Lunatic asylums in Bengal annual reports 1888-1898 - 1888-1898
Year: 1888
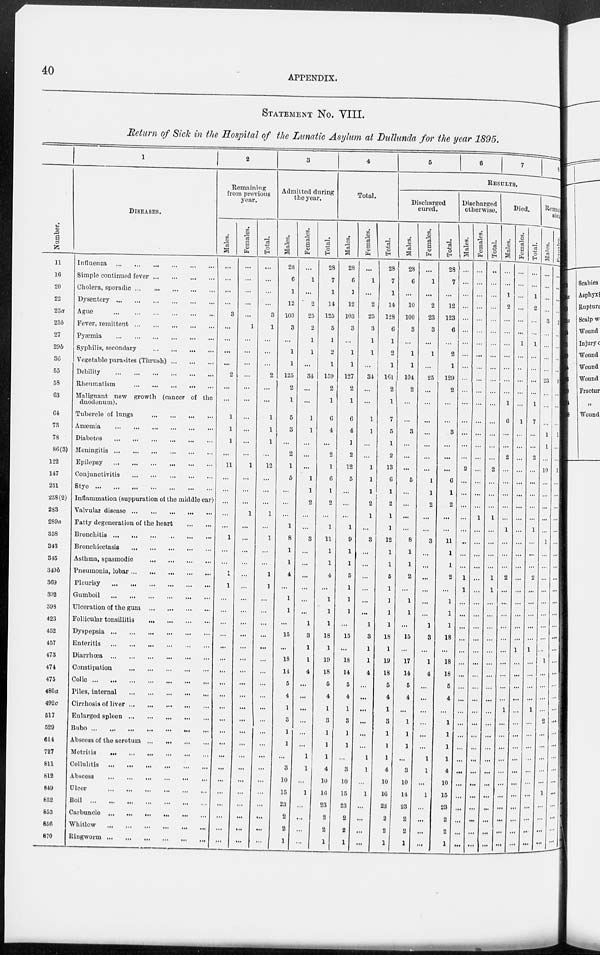
40
APPENDIX.
STATEMENT NO. VIII.
Return of Sick in the Hospital of the Lunatic Asylum at Dullunda for the year 1895,
Number.
11
16
20
22
23a
23b
27
296
36
65
58
63
64
73
78
86(3)
122
147
231
258(2)
283
289a
338
343
345
349b
369
392
398
423
452
457
473
474
475
480a
492c
517
529
614
727
811
812
849
852
853
856
870
1
DISEASES.
Influenza
Simple continued fever
Cholera, sporadic
Dysentery
Ague
...
Fever, remittent
Pyæmia
Syphilis, secondary
Vegetable parasites (Thrush)
Debility
Rheumatism
...
Malignant new growth (cancer of the
duodenum).
Tubercle of lungs
Anæmia
Diabetes
Meningitis
Epilepsy
Conjunctivitis
Stye
Inflammation (suppuration of the middle ear)
Valvular disease
Fatty degeneration of the heart
Bronchitis
Bronchiectasis
Asthma, spasmodic
Pneumonia, lobar
Pleurisy
...
.
Gumboil
Ulceration of the gum
Follicular tonsillitis
Dyspepsia
Enteritis
Diarrhoea
Constipation
Colic
Piles, internal
Cirrhosis of liver ...
Enlarged spleen
...
Bubo
Abscess of the scrotum ...
...
Metritis
.
Cellulitis
Abscess
Ulcer
Boil
Carbuncle
Whitlow
Ringworm
2
Remaining
from previous
year.
Males.
...
...
...
...
3
...
...
...
...
2
...
...
1
1
1
...
11
...
...
...
...
1
...
...
1
1
...
...
...
...
...
...
...
...
...
...
...
...
...
...
...
...
...
...
...
...
...
Females.
...
...
...
...
...
1
...
...
...
...
...
...
...
...
...
...
1
...
...
...
1
...
...
...
...
...
...
...
...
...
...
...
...
...
...
...
...
...
...
...
...
...
...
...
...
...
...
...
Total.
...
...
...
...
3
1
...
...
...
2
...
...
1
1
1
...
12
...
...
...
1
...
1
...
...
1
1
...
...
...
...
...
...
...
...
...
...
...
...
...
...
...
...
...
...
...
...
3
Admitted during
the year.
Males.
28
6
1
12
100
3
...
1
1
125
2
1
5
3
2
1
5
...
...
...
1
8
1
1
4
...
1
1
...
15
...
18
11
5
4
1
3
1
1
...
3
10
15
23
2
2
1
Females.
...
1
...
2
25
2
1
1
...
31
...
...
1
1
...
...
...
1
1
2
...
...
3
...
...
...
...
...
...
1
3
1
1
4
...
...
...
...
...
...
1
1
...
1
...
...
...
...
Total.
28
7
1
14
125
5
1
2
1
159
2
1
6
4
...
2
1
6
1
2
...
1
11
1
1
4
...
1
1
1
18
1
19
18
5
4
1
3
1
1
1
4
10
16
23
2
2
1
4
Total.
Males.
28
6
1
12
103
3
...
1
1
127
2
1
6
4
1
2
12
5
...
...
...
1
9
1
1
5
1
1
1
...
15
...
18
14
5
4
1
3
1
1
...
3
10
15
23
2
2
1
Females.
...
1
...
2
25
3
1
1
...
31
...
...
1
1
...
...
1
1
1
2
1
...
3
...
...
...
...
...
...
1
3
1
1
4
...
...
...
...
...
...
1
1
...
1
...
...
...
...
Total.
28
7
1
14
128
6
1
2
1
161
2
1
7
5
1
2
13
6
1
2
1
1
12
1
1
5
1
1
1
1
18
1
19
18
5
4
1
3
1
1
1
4
10
16
23
2
2
1
5
6
7
8
RESULTS.
Dischnrged
cured.
Males.
28
6
...
10
100
3
...
1
1
104
2
...
3
...
...
...
5
...
...
...
...
8
1
1
2
...
1
1
...
15
...
17
14
5
4
...
1
1
1
...
3
10
14
23
2
2
1
Females.
...
1
...
2
23
3
...
1
...
25
...
...
...
...
...
...
...
1
1
2
...
...
3
...
...
...
...
...
...
1
3
...
1
4
...
...
...
...
...
...
1
1
...
1
...
...
...
Total.
28
7
...
12
123
6
...
2
1
129
2
...
...
3
...
...
...
6
1
2
...
...
11
1
1
2
...
1
1
1
18
...
18
18
5
4
...
1
1
1
1
4
10
15
23
2
2
1
Discharged
otherwise.
Males.
...
...
...
...
...
...
...
...
...
...
...
...
...
...
...
...
2
...
...
...
...
...
...
...
...
1
1
...
...
...
...
...
...
...
...
...
...
...
...
...
...
...
...
...
...
...
...
...
Females.
...
...
...
...
...
...
...
...
...
...
...
...
...
...
...
...
...
...
...
1
...
...
...
...
...
...
...
...
...
...
...
...
...
...
...
...
...
...
...
...
...
...
...
...
...
...
...
Total.
..
...
...
...
...
...
...
...
...
...
...
...
...
...
2
...
...
...
1
...
...
...
...
1
1
...
...
...
...
...
...
...
...
...
...
...
...
...
...
...
...
...
...
...
...
...
Died.
Males.
...
...
1
2
...
...
...
...
1
6
...
...
2
...
...
...
...
...
1
...
...
...
2
...
...
...
...
...
...
...
...
...
...
1
...
...
...
...
...
...
...
...
...
...
...
Females.
...
...
...
...
...
1
...
...
...
...
...
1
...
...
...
...
...
...
...
...
...
...
...
...
...
...
...
...
...
...
1
...
...
...
...
...
...
...
...
...
...
...
...
...
...
...
...
Total.
...
...
1
2
...
...
1
...
...
...
...
1
7
...
...
2
...
...
...
...
...
1
...
...
...
2
...
...
...
...
...
1
...
...
...
...
1
...
...
...
...
...
...
...
...
...
...
...
sick
Males.
...
...
...
...
3
...
...
...
...
23
...
...
...
1
1
...
10
...
...
...
...
...
1
...
...
...
...
...
...
...
...
...
1
...
...
...
...
2
...
...
...
...
...
1
...
...
...
...
Females
...
...
...
...
2
...
...
...
...
9
...
...
...
1
...
...
1
...
...
...
...
...
...
...
...
...
...
...
...
...
...
...
...
...
...
...
...
...
...
...
...
...
...
...
...
...
...
...